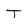
Character: T